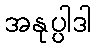
အနုပ္ပါဒါ